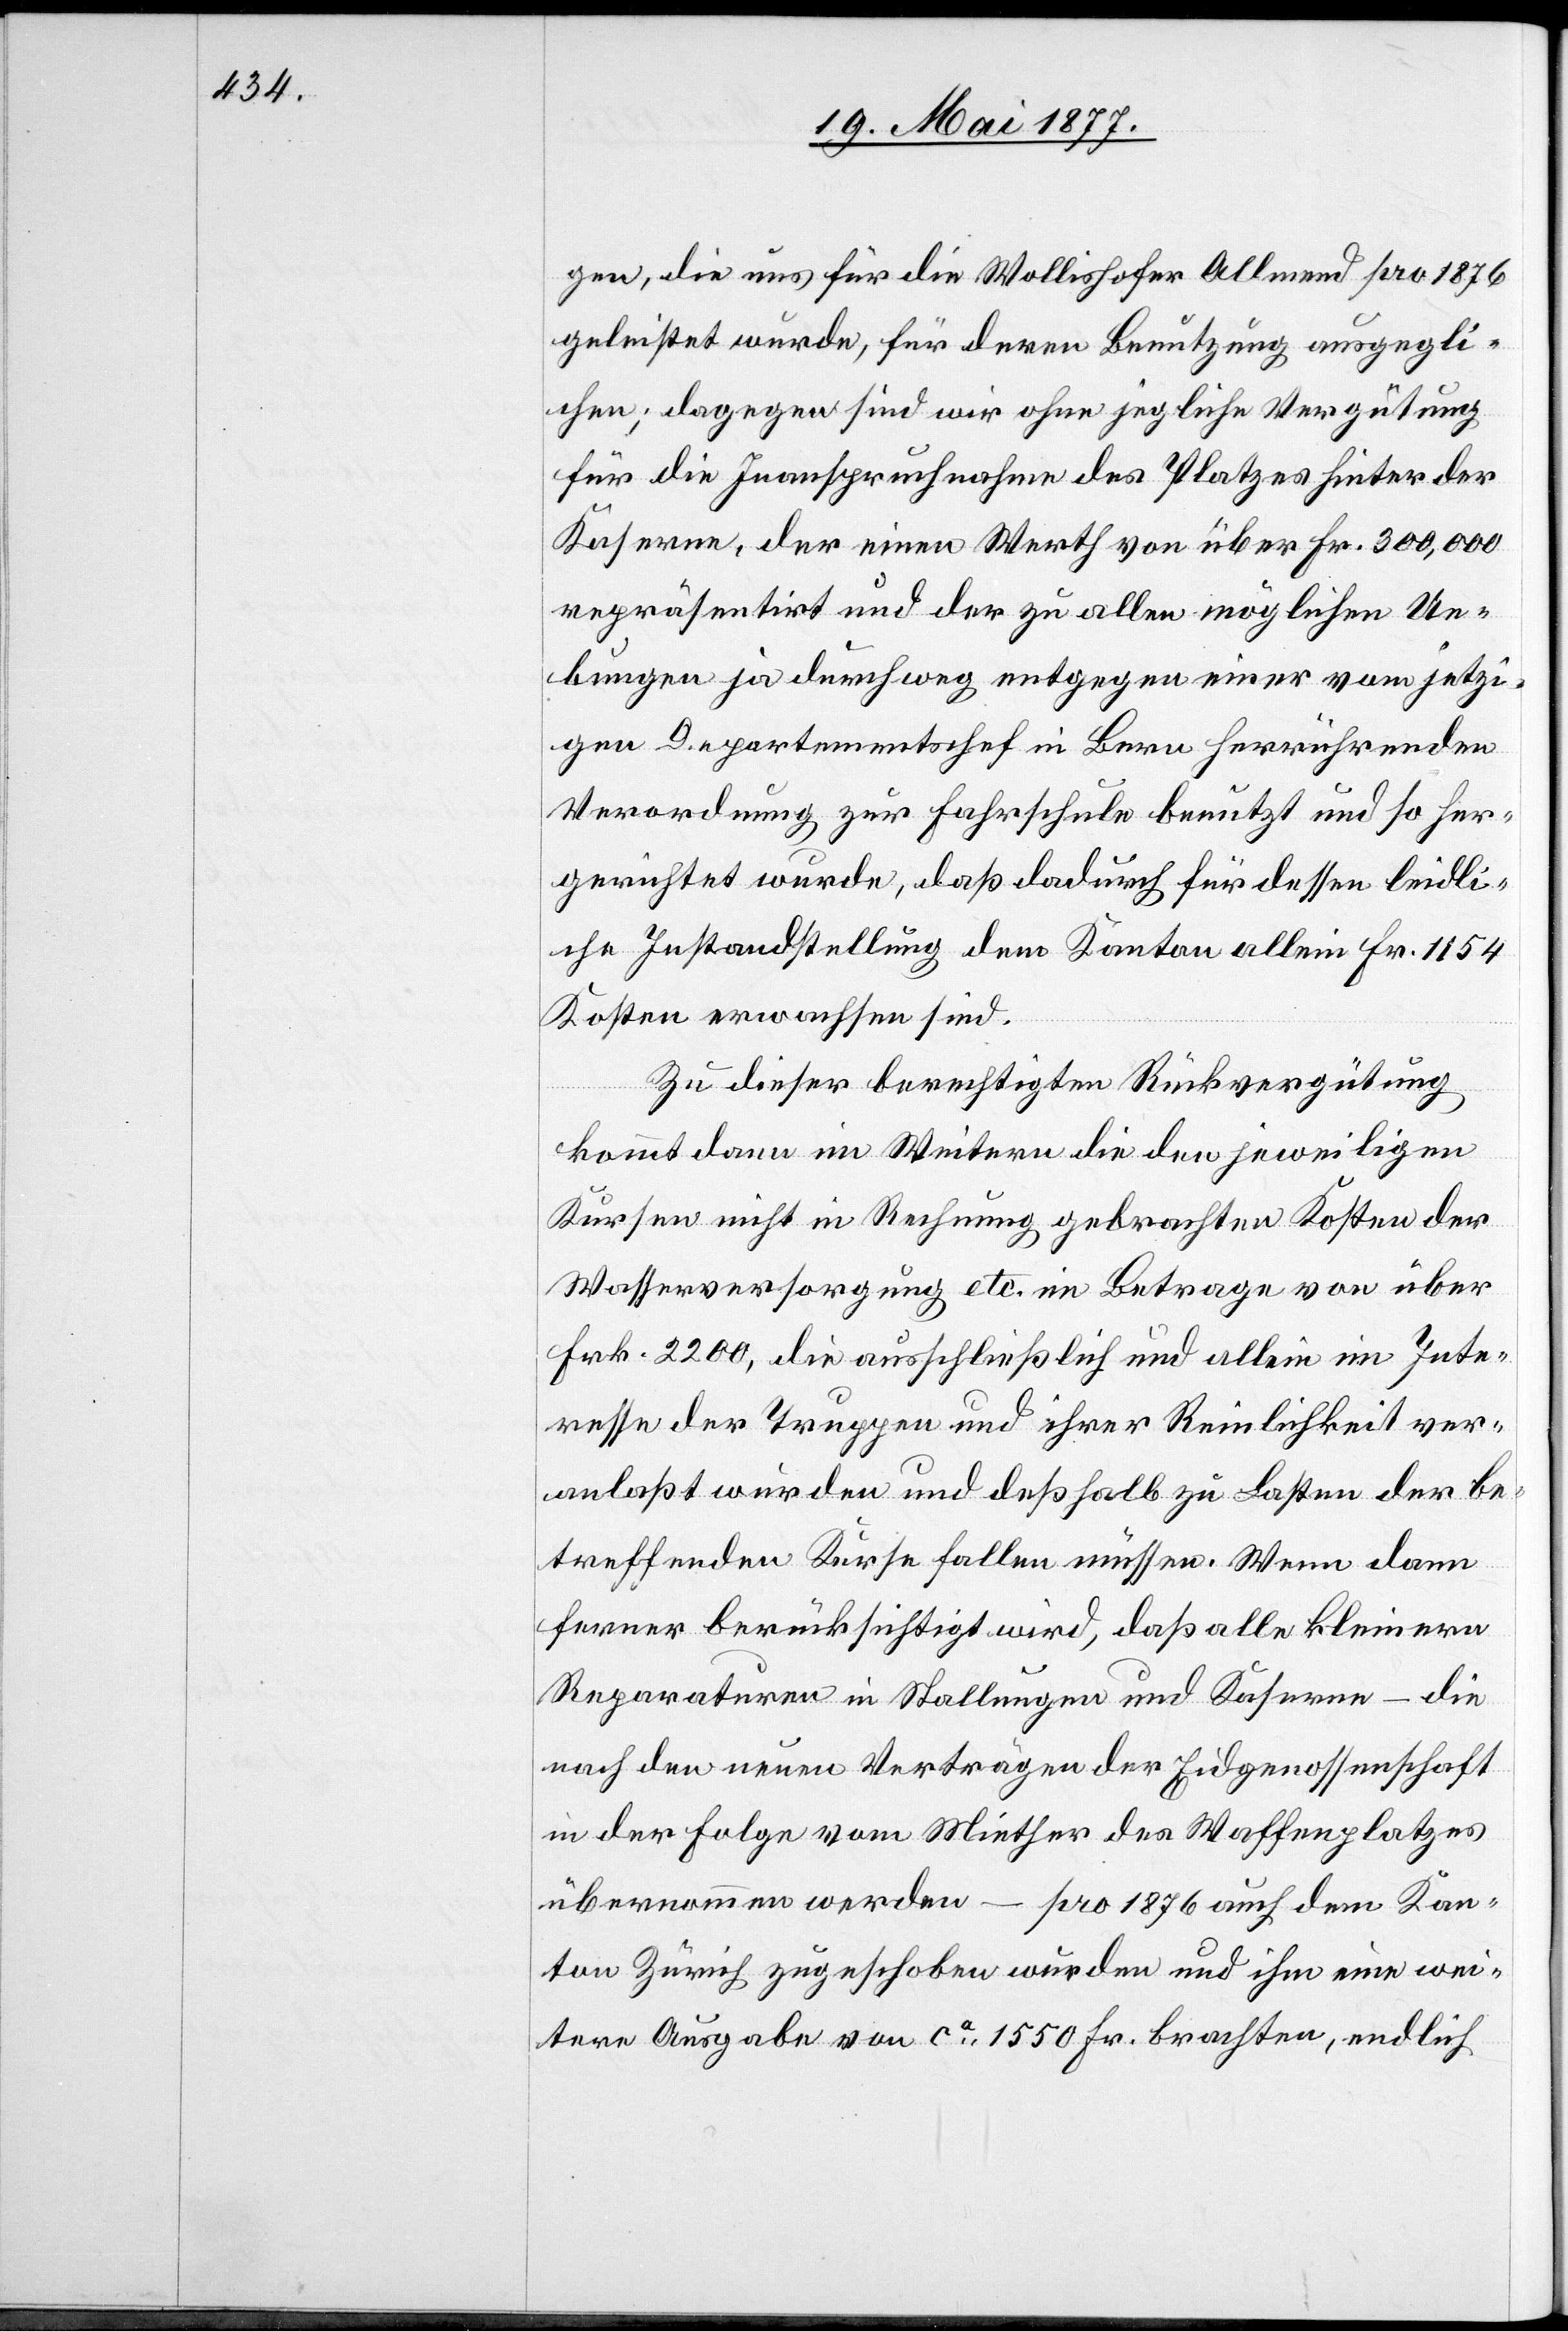
gen, die uns für die Wollishofer Allmend pro 1876
geleistet wurde, für deren Benutzung ausgegli¬
chen; dagegen sind wir ohne jegliche Vergütung
für die Inanspruchnahme des Platzes hinter der
Kaserne, der einen Werth von über Fr. 300,000
repräsentirt und der zu allen möglichen Ue¬
bungen ja durchweg entgegen einer vom jetzi¬
gen Departementschef in Bern herrührenden
Verordnung zu Fahrschule benutzt und so her¬
gerichtet wurde, daß dadurch für dessen leidli¬
che Instandstellung dem Kanton allein Fr. 1154
Kosten erwachsen sind.
Zu dieser berechtigten Rückvergütung
kommt dann im Weitern die den jeweiligen
Kursen nicht in Rechnung gebrachten Kosten der
Wasserversorgung etc. im Betrag von über
Frk. 2200, die ausschließlich und allein im Inte¬
resse der Truppen und ihrer Reinlichkeit ver¬
anlaßt wurden und deßhalb zu Lasten der be¬
treffenden Kurse fallen müssen. Wenn dann
ferner berücksichtigt wird, daß alle kleinern
Reparaturen in Stallungen und Kasernen – die
nach den neuen Verträgen der Eidgenossenschaft
in der Folge vom Miether des Waffenplatzes
übernommen werden – pro 1876 auch dem Kan¬
ton Zürich zugeschoben wurden und ihm eine wei¬
tere Ausgabe von ca 1550 Fr. brachten, endlich